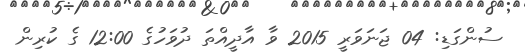
ސުންގަޑި: 04 ޖަނަވަރީ 2015 ވާ އާދީއްތަ ދުވަހުގެ 12:00 ގެ ކުރިން